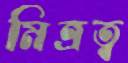
মিত্রত্ব